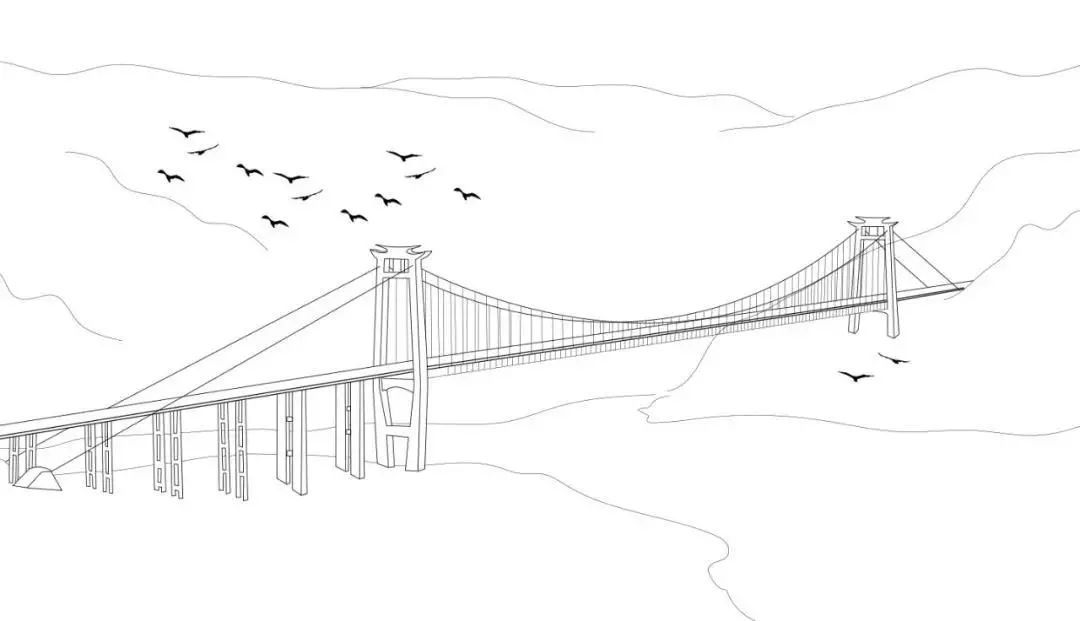
鹊桥波里出，龙车霄外飞。